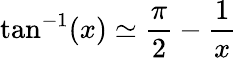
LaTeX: \tan^{-1}(x)\simeq\frac{\pi}{2}-\frac{1}{x}